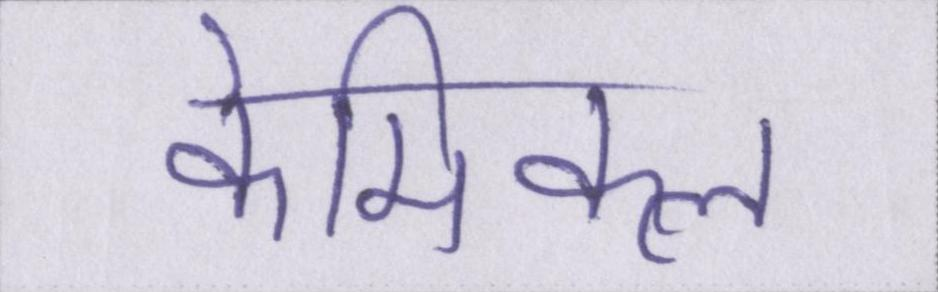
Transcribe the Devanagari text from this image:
केमिकल